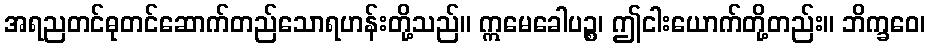
အရညတင်ဓုတင်ဆောက်တည်သောရဟန်းတို့သည်။ ဣမေခေါပဉ္စ၊ ဤငါးယောက်တို့တည်း။ ဘိက္ခဝေ၊